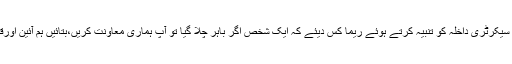
چیف جسٹس نے اٹارنی جنرل اور سیکرٹری داخلہ کو تنبیہ کرتے ہوئے ریما کس دیئے کہ ایک شخص اگر باہر چلا گیا تو آپ ہماری معاونت کریں،بتائیں ہم آئین اورقانون کے تحت کیا کر سکتے ہیں؟